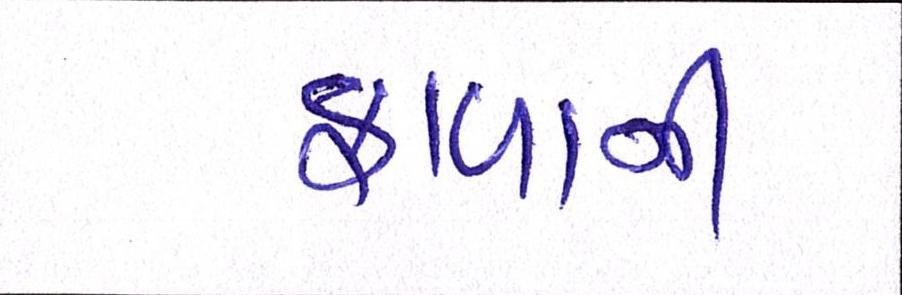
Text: ફાળાની